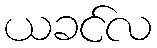
ယခင်လ